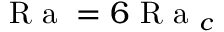
\textrm { R a } = 6 \textrm { R a } _ { c }